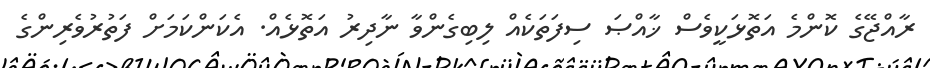
ރާއްޖޭގެ ކޮންމެ އަތޮޅަކީވެސް ޚާއްޞަ ސިފަތަކެއް ލިބިގެންވާ ނާދިރު އަތޮޅެއް. އެކަންކަމަށް ފަތުރުވެރިންގެ